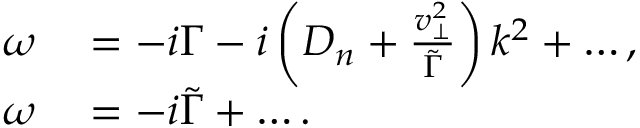
\begin{array} { r l } { \omega } & { { } = - i \Gamma - i \left( D _ { n } + \frac { v _ { \perp } ^ { 2 } } { \tilde { \Gamma } } \right) k ^ { 2 } + \ldots , } \\ { \omega } & { { } = - i \tilde { \Gamma } + \ldots . } \end{array}